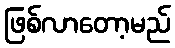
ဖြစ်လာတော့မည်